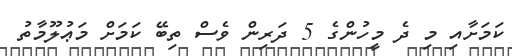
ކަމަށާއި މި ދެ މީހުންގެ 5 ދަރިން ވެސް ތިބޭ ކަމަށް މަޢުލޫމާތު